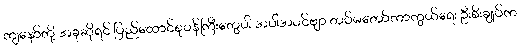
ကျနော်တို့ အခုဆိုရင် ပြည်ထောင်စုဝန်ကြီးတွေပါ အပါအဝင်ဗျာ တပ်မတော်ကာကွယ်ရေး ဦးစီးချုပ်က